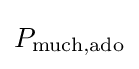
P_{{\text{much}},{\text{ado}}}